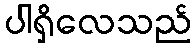
ပါရှိလေသည်